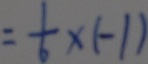
= \frac { 1 } { 6 } \times ( - 1 )